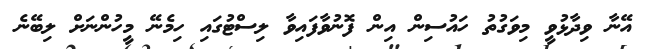
އޭނާ ވިދާޅުވީ މިވަގުތު ހައުސިން އިން ފޮނުވާފައިވާ ލިސްޓުގައި ހިމެނޭ މީހުންނަށް ލިބޭނެ